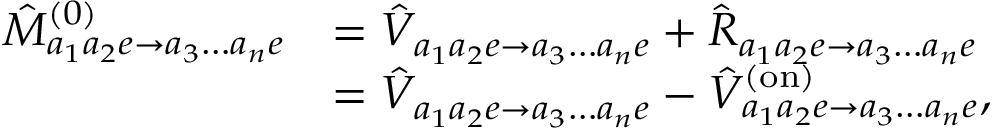
\begin{array} { r l } { \hat { M } _ { a _ { 1 } a _ { 2 } e \to a _ { 3 } \dots a _ { n } e } ^ { ( 0 ) } } & { = \hat { V } _ { a _ { 1 } a _ { 2 } e \to a _ { 3 } \dots a _ { n } e } + \hat { R } _ { a _ { 1 } a _ { 2 } e \to a _ { 3 } \dots a _ { n } e } } \\ & { = \hat { V } _ { a _ { 1 } a _ { 2 } e \to a _ { 3 } \dots a _ { n } e } - \hat { V } _ { a _ { 1 } a _ { 2 } e \to a _ { 3 } \dots a _ { n } e } ^ { ( \mathrm { o n } ) } , } \end{array}